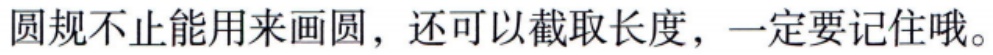
圆规不止能用来画圆，还可以截取长度，一定要记住哦。